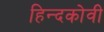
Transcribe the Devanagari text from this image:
हिन्दकोवी